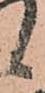
候